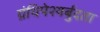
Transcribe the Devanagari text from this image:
ग्रंथिपेश्यर्बुदता